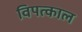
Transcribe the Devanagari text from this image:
विपत्काल